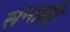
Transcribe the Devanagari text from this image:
सन्तती